Leningradi_Edasi_toimetus, lk 42
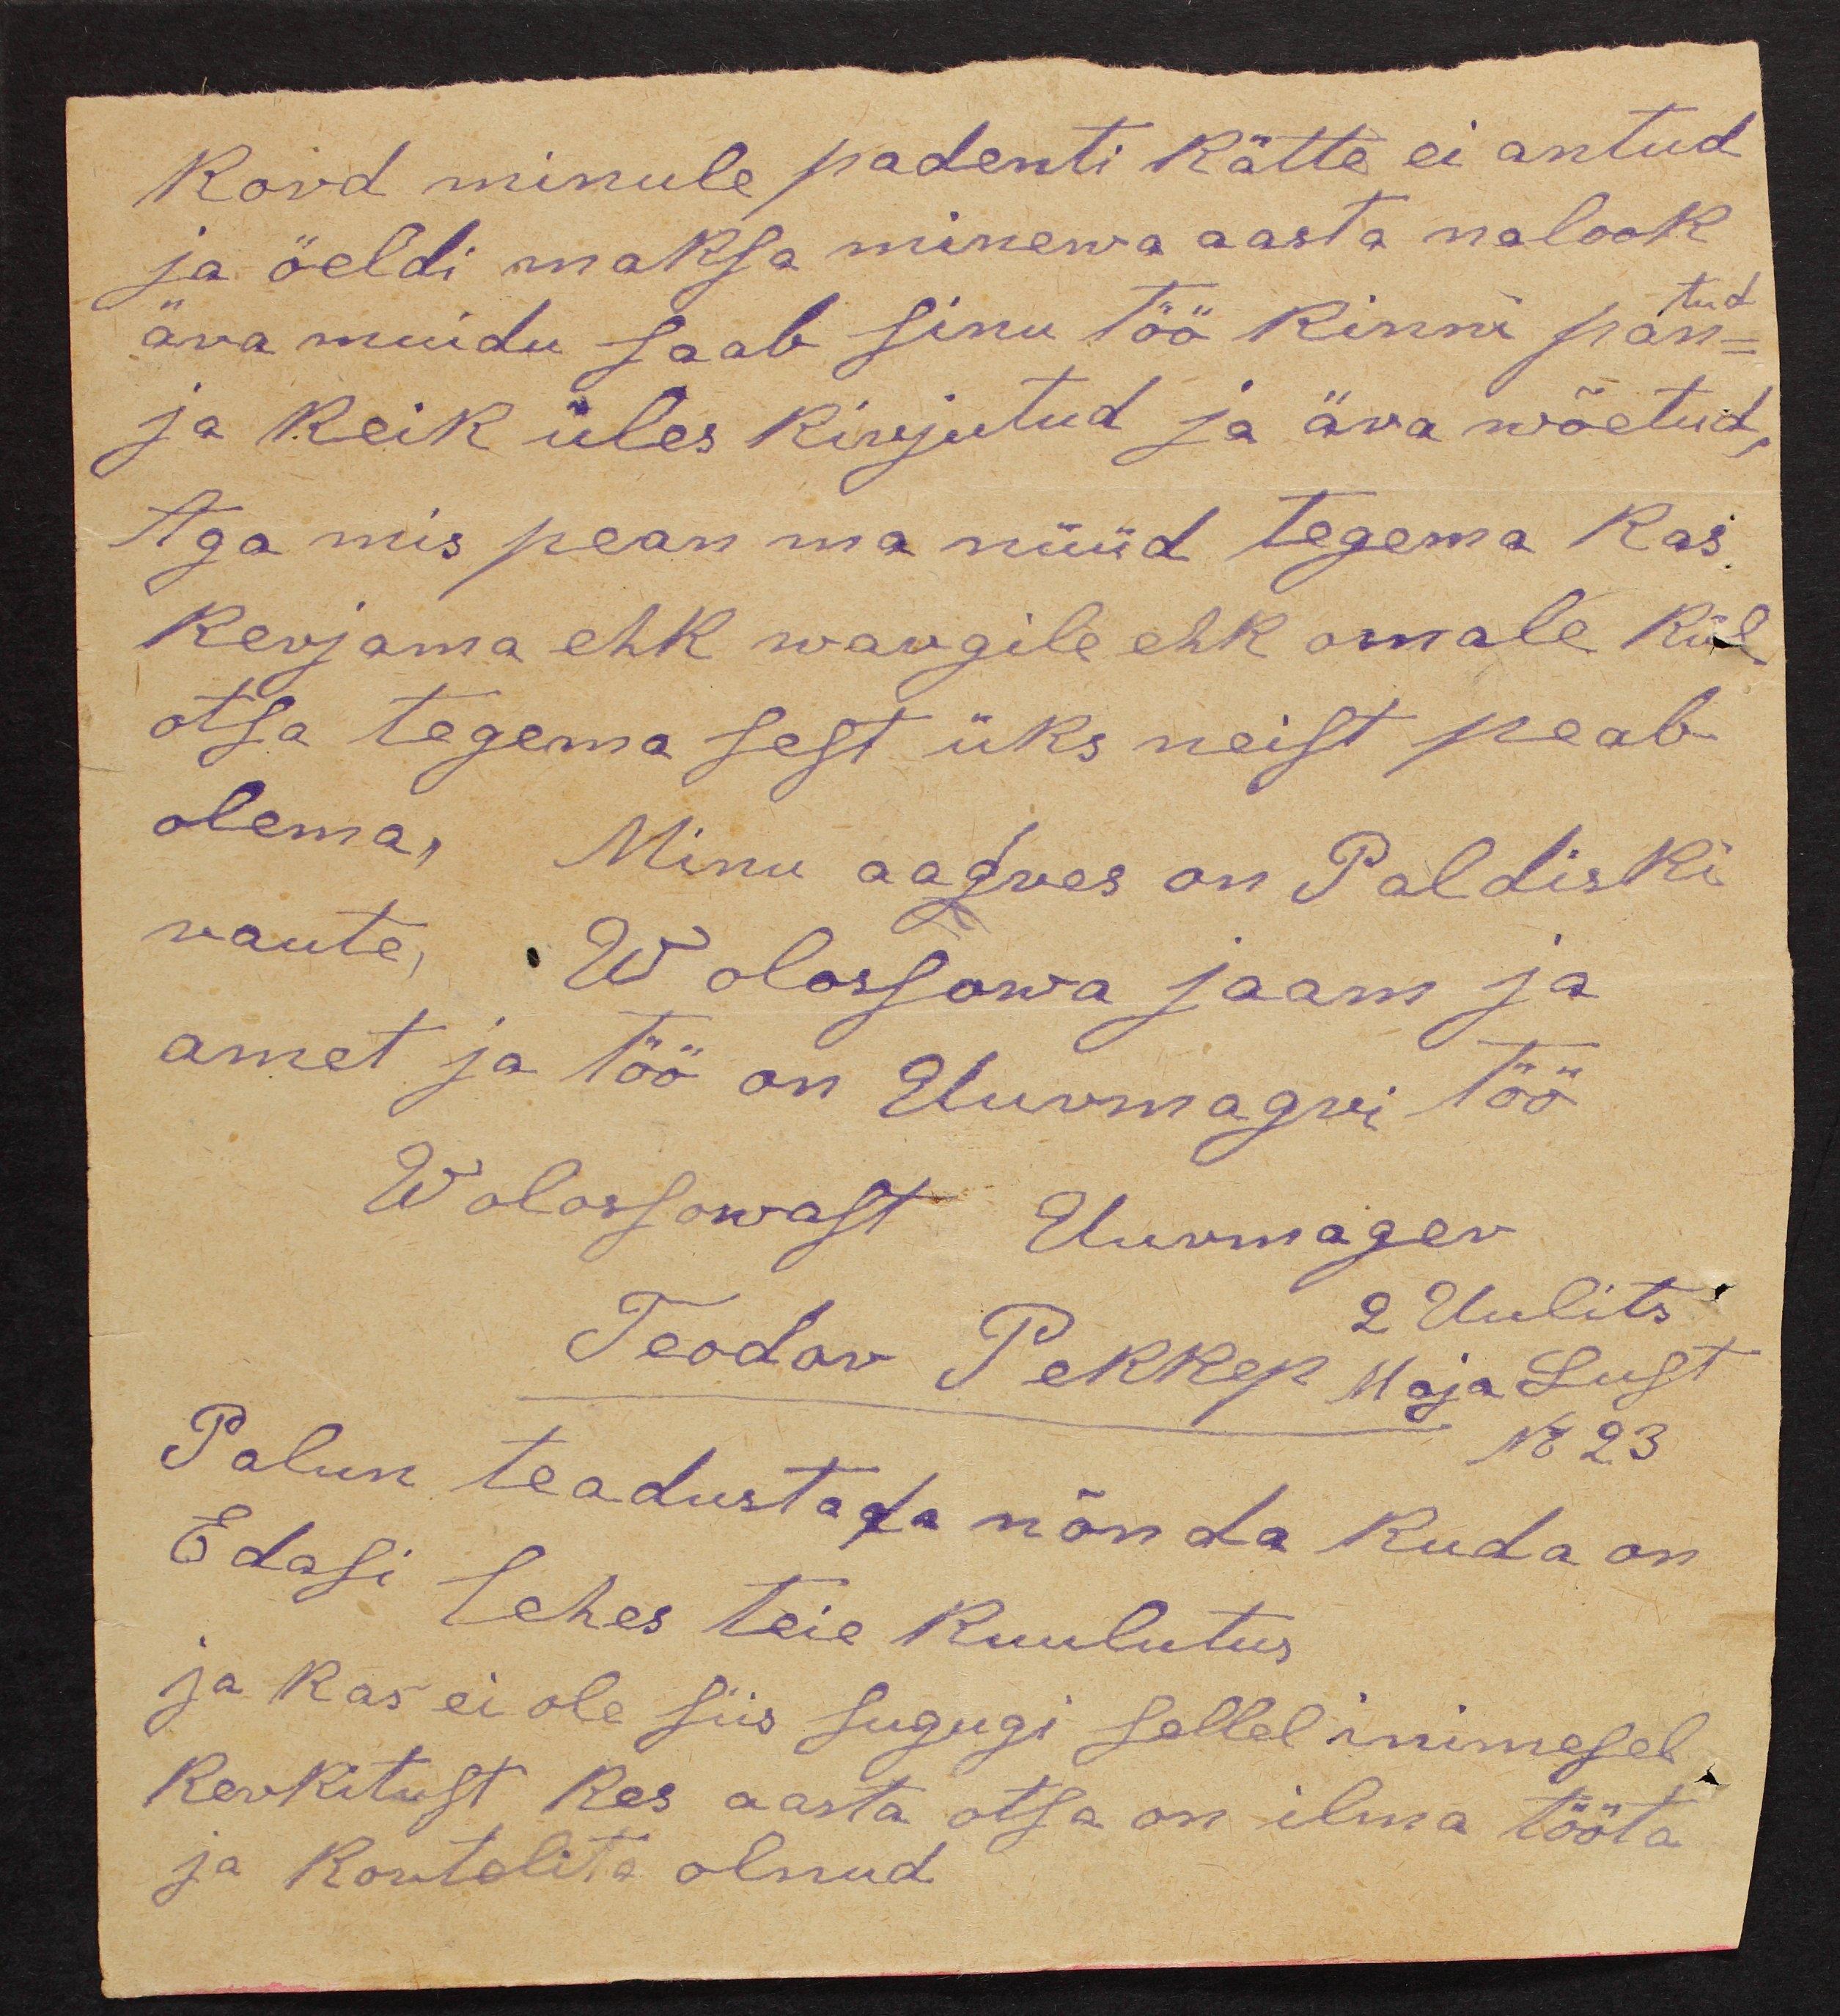
kord minule padenti kätte ei antud
ja öeldi maksa minewa aasta nalook
tud
ära muidu saab sinu töö kinni pand-
ja keik üles kirjutud ja ära wõetud,
Aga mis pean ma nüüd tegema kas,
kerjama ehk wargile ehk omale kül
otsa tegema sest üks neist peab
olema. Minu aadres on Paldiski
mante. Wolossowa jaam ja
amet ja töö on Uurmagri töö
Wolossowast Uurmager
2 Uulits
Teodor Pekker Maja Lust
N 23
Palun teadustada nõnda kuda on
Edasi lehes teie kuulutus
ja kas ei ole siis sugugi sellel inimesel
kerkitust kes aasta otsa on ilma tööta
ja kortelita olnud